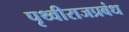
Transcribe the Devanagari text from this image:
पृथ्वीराजप्रबंध